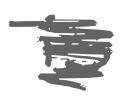
Text: is
Cross-out: scratch
Writing tool: digital_gray